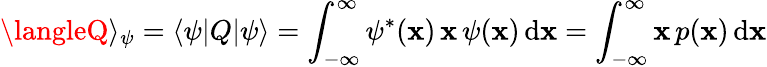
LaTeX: \langleQ\rangle_{\psi}=\langle\psi|Q|\psi\rangle=\int_{-\infty}^{\infty}\psi^{\ast}(\mathbf{x})\, \mathbf{x}\, \psi(\mathbf{x})\, \mathrm{{d}}\mathbf{x}=\int_{-\infty}^{\infty}\mathbf{x}\, p(\mathbf{x})\, \mathrm{{d}}\mathbf{x}